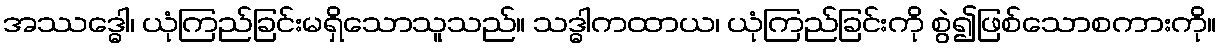
အဿဒ္ဓေါ၊ ယုံကြည်ခြင်းမရှိသောသူသည်။ သဒ္ဓါကထာယ၊ ယုံကြည်ခြင်းကို စွဲ၍ဖြစ်သောစကားကို။